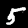
Digit: 5